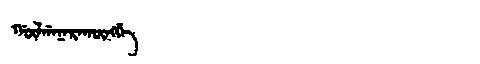
Manchu: ᡤᡡᠯᡤᠠᠨᠠᡵᠠᡴᡡᠩᡤᡝ
Romanization: GŪLGANARAKŪNGGE